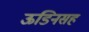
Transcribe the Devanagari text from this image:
ऊडिनसह